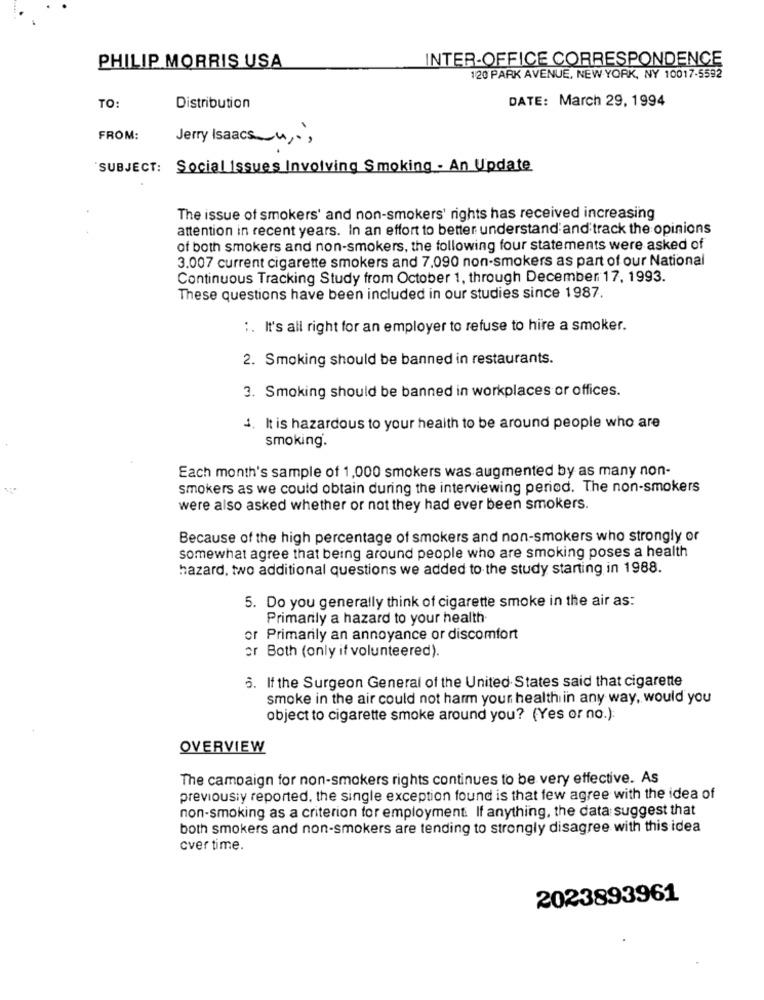
INTER-OFFICE CORRESPONDENCE
PHILIP MORRIS USA
120 PARK AVENUE, NEW YORK, NY 10017-5592
DATE: March 29, 1994
TO:
Distribution
FROM:
Jerry Isaacs_ u ,.,
SUBJECT:
Social Issues Involving Smoking - An Update
The issue of smokers' and non-smokers' rights has received increasing
attention in recent years. In an effort to better understand and track the opinions
of both smokers and non-smokers, the following four statements were asked of
3.007 current cigarette smokers and 7.090 non-smokers as part of our National
Continuous Tracking Study from October 1, through December 17, 1993.
These questions have been included in our studies since 1987.
:. It's all right for an employer to refuse to hire a smoker.
2. Smoking should be banned in restaurants.
3. Smoking should be banned in workplaces or offices.
4. It is hazardous to your health to be around people who are
smoking.
Each month's sample of 1,000 smokers was augmented by as many non-
smokers as we could obtain during the interviewing period. The non-smokers
were also asked whether or not they had ever been smokers.
Because of the high percentage of smokers and non-smokers who strongly or
somewhat agree that being around people who are smoking poses a health
hazard, two additional questions we added to the study starting in 1988.
5. Do you generally think of cigarette smoke in the air as:
Primarily a hazard to your health
or Primarily an annoyance or discomfort
or Both (only if volunteered).
6. If the Surgeon General of the United States said that cigarette
smoke in the air could not harm your health in any way, would you
object to cigarette smoke around you? (Yes or no.):
OVERVIEW
The campaign for non-smokers rights continues to be very effective. As
previously reported, the single exception found is that few agree with the idea of
non-smoking as a criterion for employment. If anything, the data suggest that
both smokers and non-smokers are tending to strongly disagree with this idea
over time.
2023893961